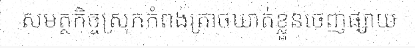
សមត្ថកិច្ចស្រុកកំពង់ត្រាចឃាត់ខ្លួនចេញផ្សាយ